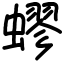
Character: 蟉